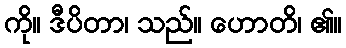
ကို။ ဒီပိတာ၊ သည်။ ဟောတိ၊ ၏။